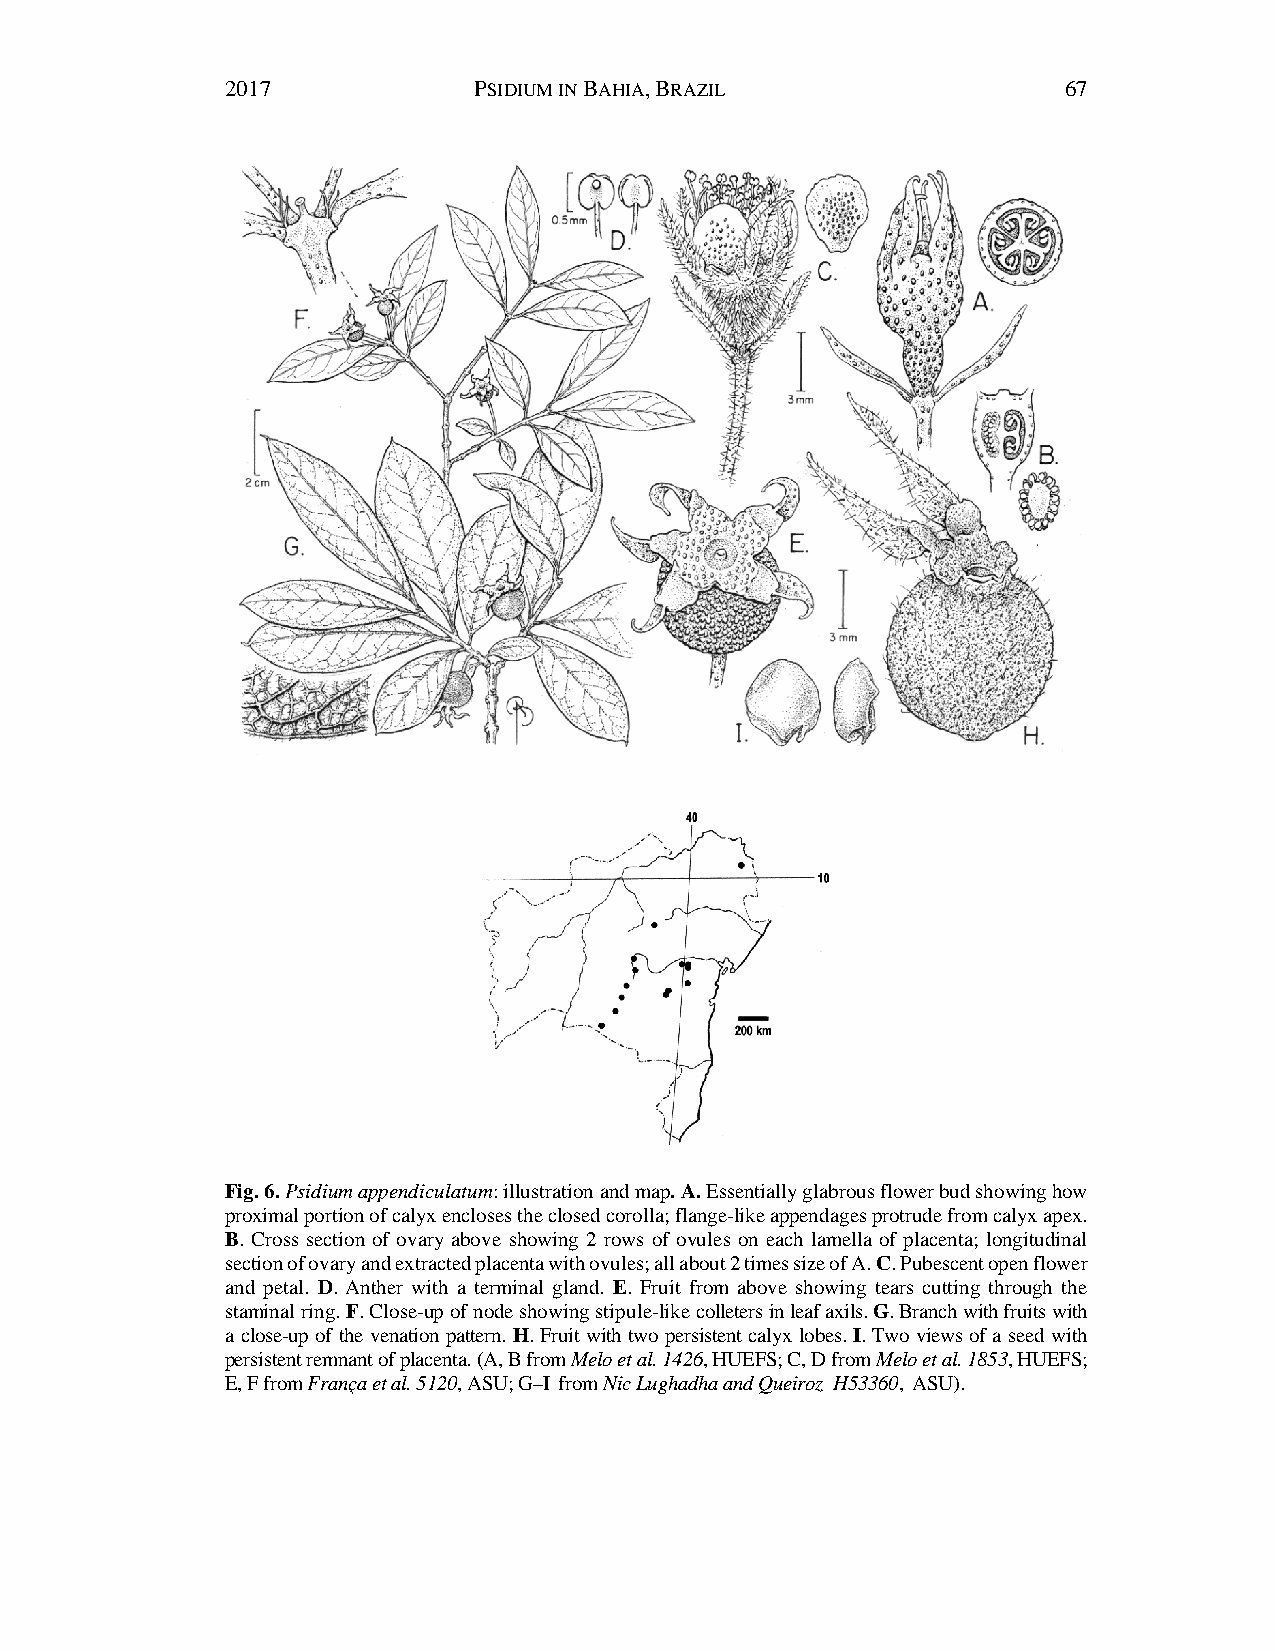
2017            PSIDIUM IN BAHIA, BRAZIL               67
 Fig. 6. Psidium appendiculatum: illustration and map. A. Essentially glabrous flower bud showing how
 proximal portion of calyx encloses the closed corolla; flange-like appendages protrude from calyx apex.
 B. Cross section of ovary above showing 2 rows of ovules on each lamella of placenta; longitudinal
 section of ovary and extracted placenta with ovules; all about 2 times size of A. C. Pubescent open flower
 and petal. D. Anther with a terminal gland. E. Fruit from above showing tears cutting through the
 staminal ring. F. Close-up of node showing stipule-like colleters in leaf axils. G. Branch with fruits with
 a close-up of the venation pattern. H. Fruit with two persistent calyx lobes. I. Two views of a seed with
 persistent remnant of placenta. (A, B from Melo et al. 1426, HUEFS; C, D from Melo et al. 1853, HUEFS;
 E, F from França et al. 5120, ASU; G–I from Nic Lughadha and Queiroz H53360, ASU).